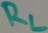
Text: RL